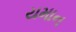
યમાન